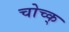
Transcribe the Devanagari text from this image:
चोच्क्